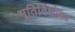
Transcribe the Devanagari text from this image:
भूतिर्विशोकः